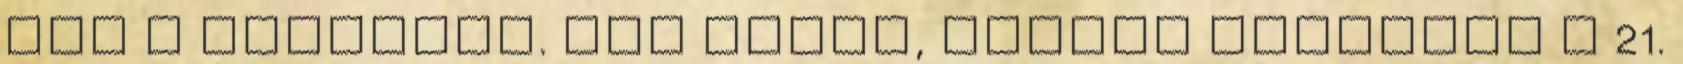
szó a számomra. Egy igazi, boldog családot a 21.